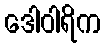
ဒေါဝါရိက